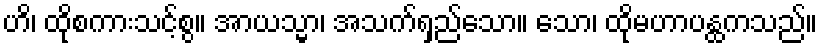
ဟိ၊ ထိုစကားသင့်စွ။ အာယသ္မာ၊ အသက်ရှည်သော။ သော၊ ထိုမဟာပန္ထကသည်။